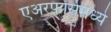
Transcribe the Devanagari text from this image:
एअरफोर्समध्ये